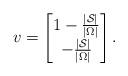
LaTeX: \begin{align*}v = \begin{bmatrix}1-\frac{|\mathcal{S}|}{|\Omega|}\\-\frac{|\mathcal{S}|}{|\Omega|}\end{bmatrix}.\end{align*}